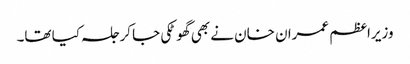
وزیراعظم عمران خان نے بھی گھوٹکی جا کر جلسہ کیا تھا۔